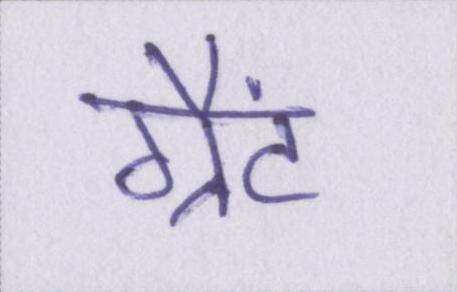
ग्रैंट